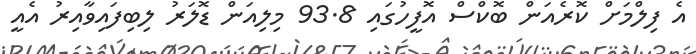
އެ ފިލްމަށް ކޮރެއަން ބޮކްސް އޮފީހުގައި 93.8 މިލިއަން ޑޮލަރު ލިބިފައިވާއިރު އެއީ